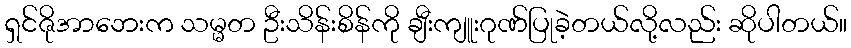
ရှင်ဇိုအာဘေးက သမ္မတ ဦးသိန်းစိန်ကို ချီးကျူးဂုဏ်ပြုခဲ့တယ်လို့လည်း ဆိုပါတယ်။